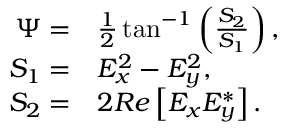
\begin{array} { r l } { \Psi = } & { { } \frac { 1 } { 2 } \tan ^ { - 1 } \left( \frac { S _ { 2 } } { S _ { 1 } } \right) , } \\ { S _ { 1 } = } & { { } E _ { x } ^ { 2 } - E _ { y } ^ { 2 } , } \\ { S _ { 2 } = } & { { } 2 R e \left[ E _ { x } E _ { y } ^ { * } \right] . } \end{array}